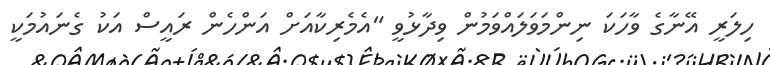
ހިލަރީ އޭނާގެ ވާހަކަ ނިންމަވަލައްވަމުން ވިދާޅުވީ "އެމެރިކާއަށް އަންހެން ރައީސް އަކު ގެނައުމަކީ